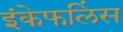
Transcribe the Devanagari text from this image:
इंकेफलिंस